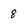
Character: 8